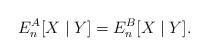
LaTeX: \begin{align*} E_n^A[X \mid Y] = E_n^B[X \mid Y].\end{align*}